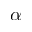
\alpha